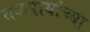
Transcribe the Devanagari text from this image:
तळपायांच्या